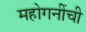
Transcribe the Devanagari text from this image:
महोगनींची